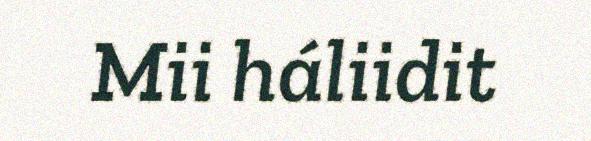
Mii háliidit